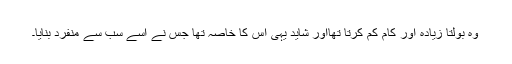
وہ بولتا زیادہ اور کام کم کرتا تھااور شاید یہی اس کا خاصہ تھا جس نے اسے سب سے منفرد بنایا۔